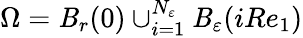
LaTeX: \Omega=\mathit{B}_{r}(0)\cup_{i=1}^{N_{\varepsilon}}\mathit{B}_{\varepsilon}(iRe_{1})